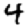
Digit: 4